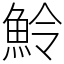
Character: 魿